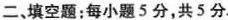
二、填空题：每小题5分，共5分。